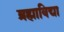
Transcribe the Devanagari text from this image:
ब्रह्माविद्या